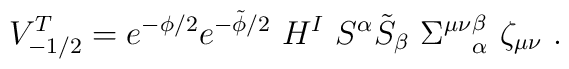
V_{-1/2}^{T}= e ^{-\phi/2}e ^{-\tilde \phi/2}~ H^I~S^{\alpha} \tilde S_{\beta}~ {\Sigma^{\mu \nu}}_{\alpha}^{\beta}~\zeta_{\mu \nu} \ .